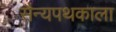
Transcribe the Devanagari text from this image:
सैन्यपथकाला